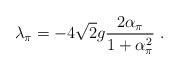
LaTeX: \begin{align*}\lambda_\pi=-4\sqrt{2}g\frac{2\alpha_{\pi}}{1+\alpha^{2}_{\pi}}\ .\end{align*}